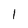
Character: l